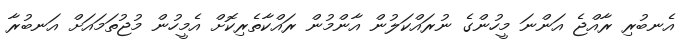
އެނބުރި ރާއްޖެ އަންނަ މީހުންގެ ނުރައްކަލުން އާންމުން ރައްކާތެރިކޮށް އެމީހުން މުޖުތަމައަށް އަނބުރާ